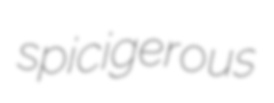
spicigerous